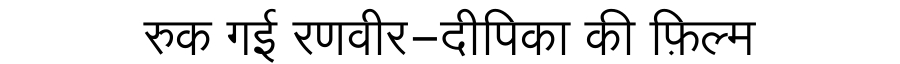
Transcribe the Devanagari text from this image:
रुक गई रणवीर-दीपिका की फ़िल्म